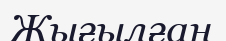
Жығылған